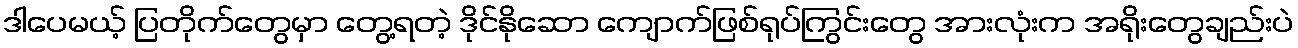
ဒါပေမယ့် ပြတိုက်တွေမှာ တွေ့ရတဲ့ ဒိုင်နိုဆော ကျောက်ဖြစ်ရုပ်ကြွင်းတွေ အားလုံးက အရိုးတွေချည်းပဲ